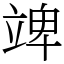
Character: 䇑